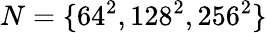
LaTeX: N=\{ 64^{2},128^{2},256^{2}\}